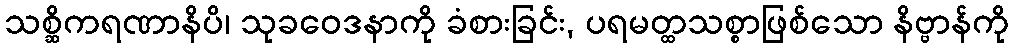
သစ္ဆိကရဏာနိပိ၊ သုခဝေဒနာကို ခံစားခြင်း, ပရမတ္ထသစ္စာဖြစ်သော နိဗ္ဗာန်ကို